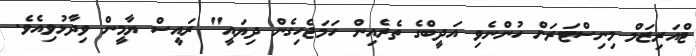
ޓްއަރިޒަމް މިނިސްޓަރަށް ހުންނެވި އަދީބްގެ ތެރެއިން ހަމަޖެހިގެން ދިޔައީ" ރައީސް ޔާމީން ވިދާޅުވިއެވެ.